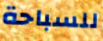
للسباحة